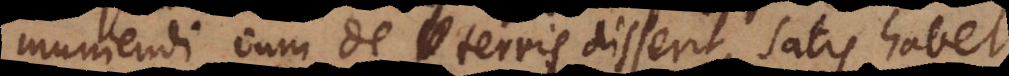
muniendi, cum de terris disserit, satis habet